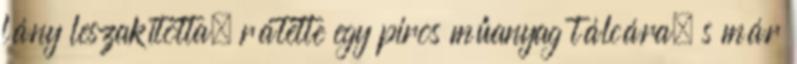
lány leszakította, rátette egy piros műanyag tálcára, s már